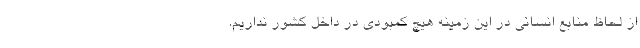
از لحاظ منابع انسانی در این زمینه هیچ کمبودی در داخل کشور نداریم.